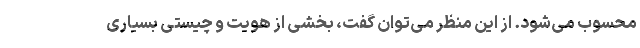
محسوب می‌شود. از این منظر می‌توان گفت، بخشی از هویت و چیستی بسیاری